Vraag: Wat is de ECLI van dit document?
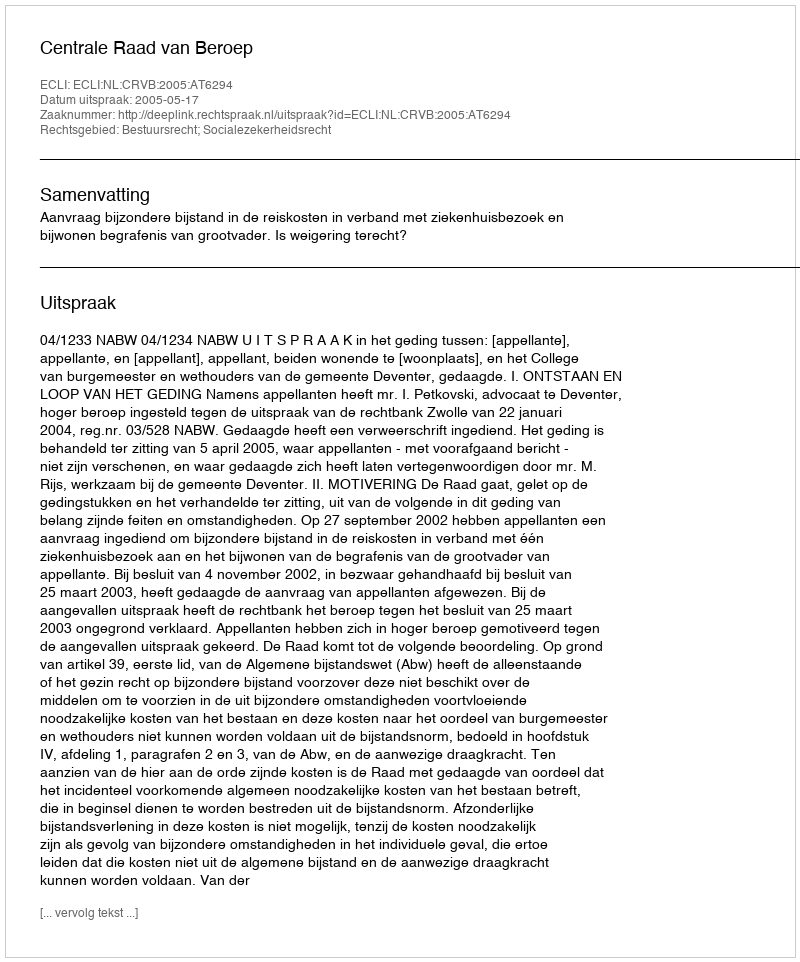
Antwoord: ECLI:NL:CRVB:2005:AT6294